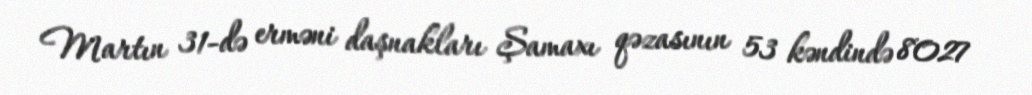
Martın 31-də erməni daşnakları Şamaxı qəzasının 53 kəndində 8027